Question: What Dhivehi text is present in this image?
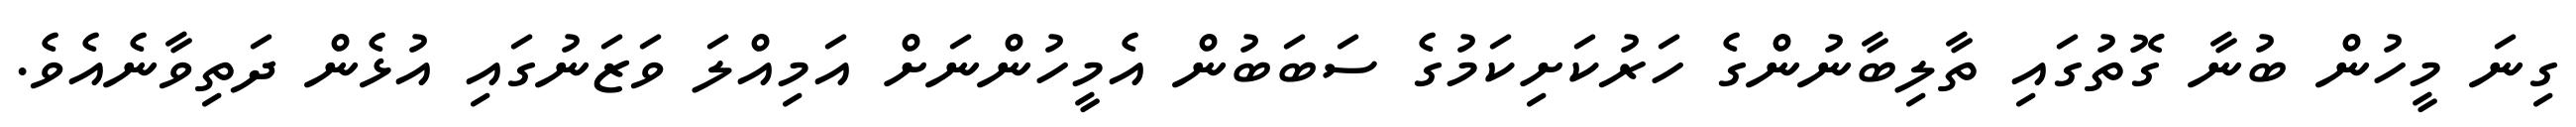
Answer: ގިނަ މީހުން ބުނާ ގޮތުގައި ތާލިބާނުންގެ ހަރުކަށިކަމުގެ ސަބަބުން އެމީހުންނަށް އަމިއްލަ ވަޒަނުގައި އުޅެން ދަތިވާނެއެވެ.